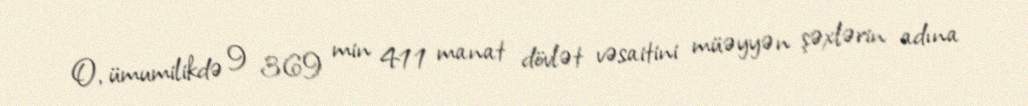
O, ümumilikdə 9 369 min 411 manat dövlət vəsaitini müəyyən şəxlərin adına